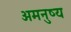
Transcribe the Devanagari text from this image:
अमनुष्य